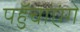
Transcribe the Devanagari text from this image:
पहुॅचाएंगे